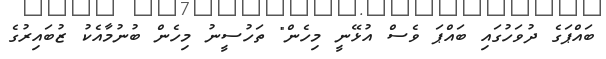
ބައްޕަގެ ދުވަހުގައި ބައްޕަ ވެސް އުޅޭނީ މިހެން" ތަހުސީނު މިހެން ބުނުމާއެކު ޒުބައިރުގެ